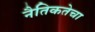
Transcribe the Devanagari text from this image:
नैतिकतेचा